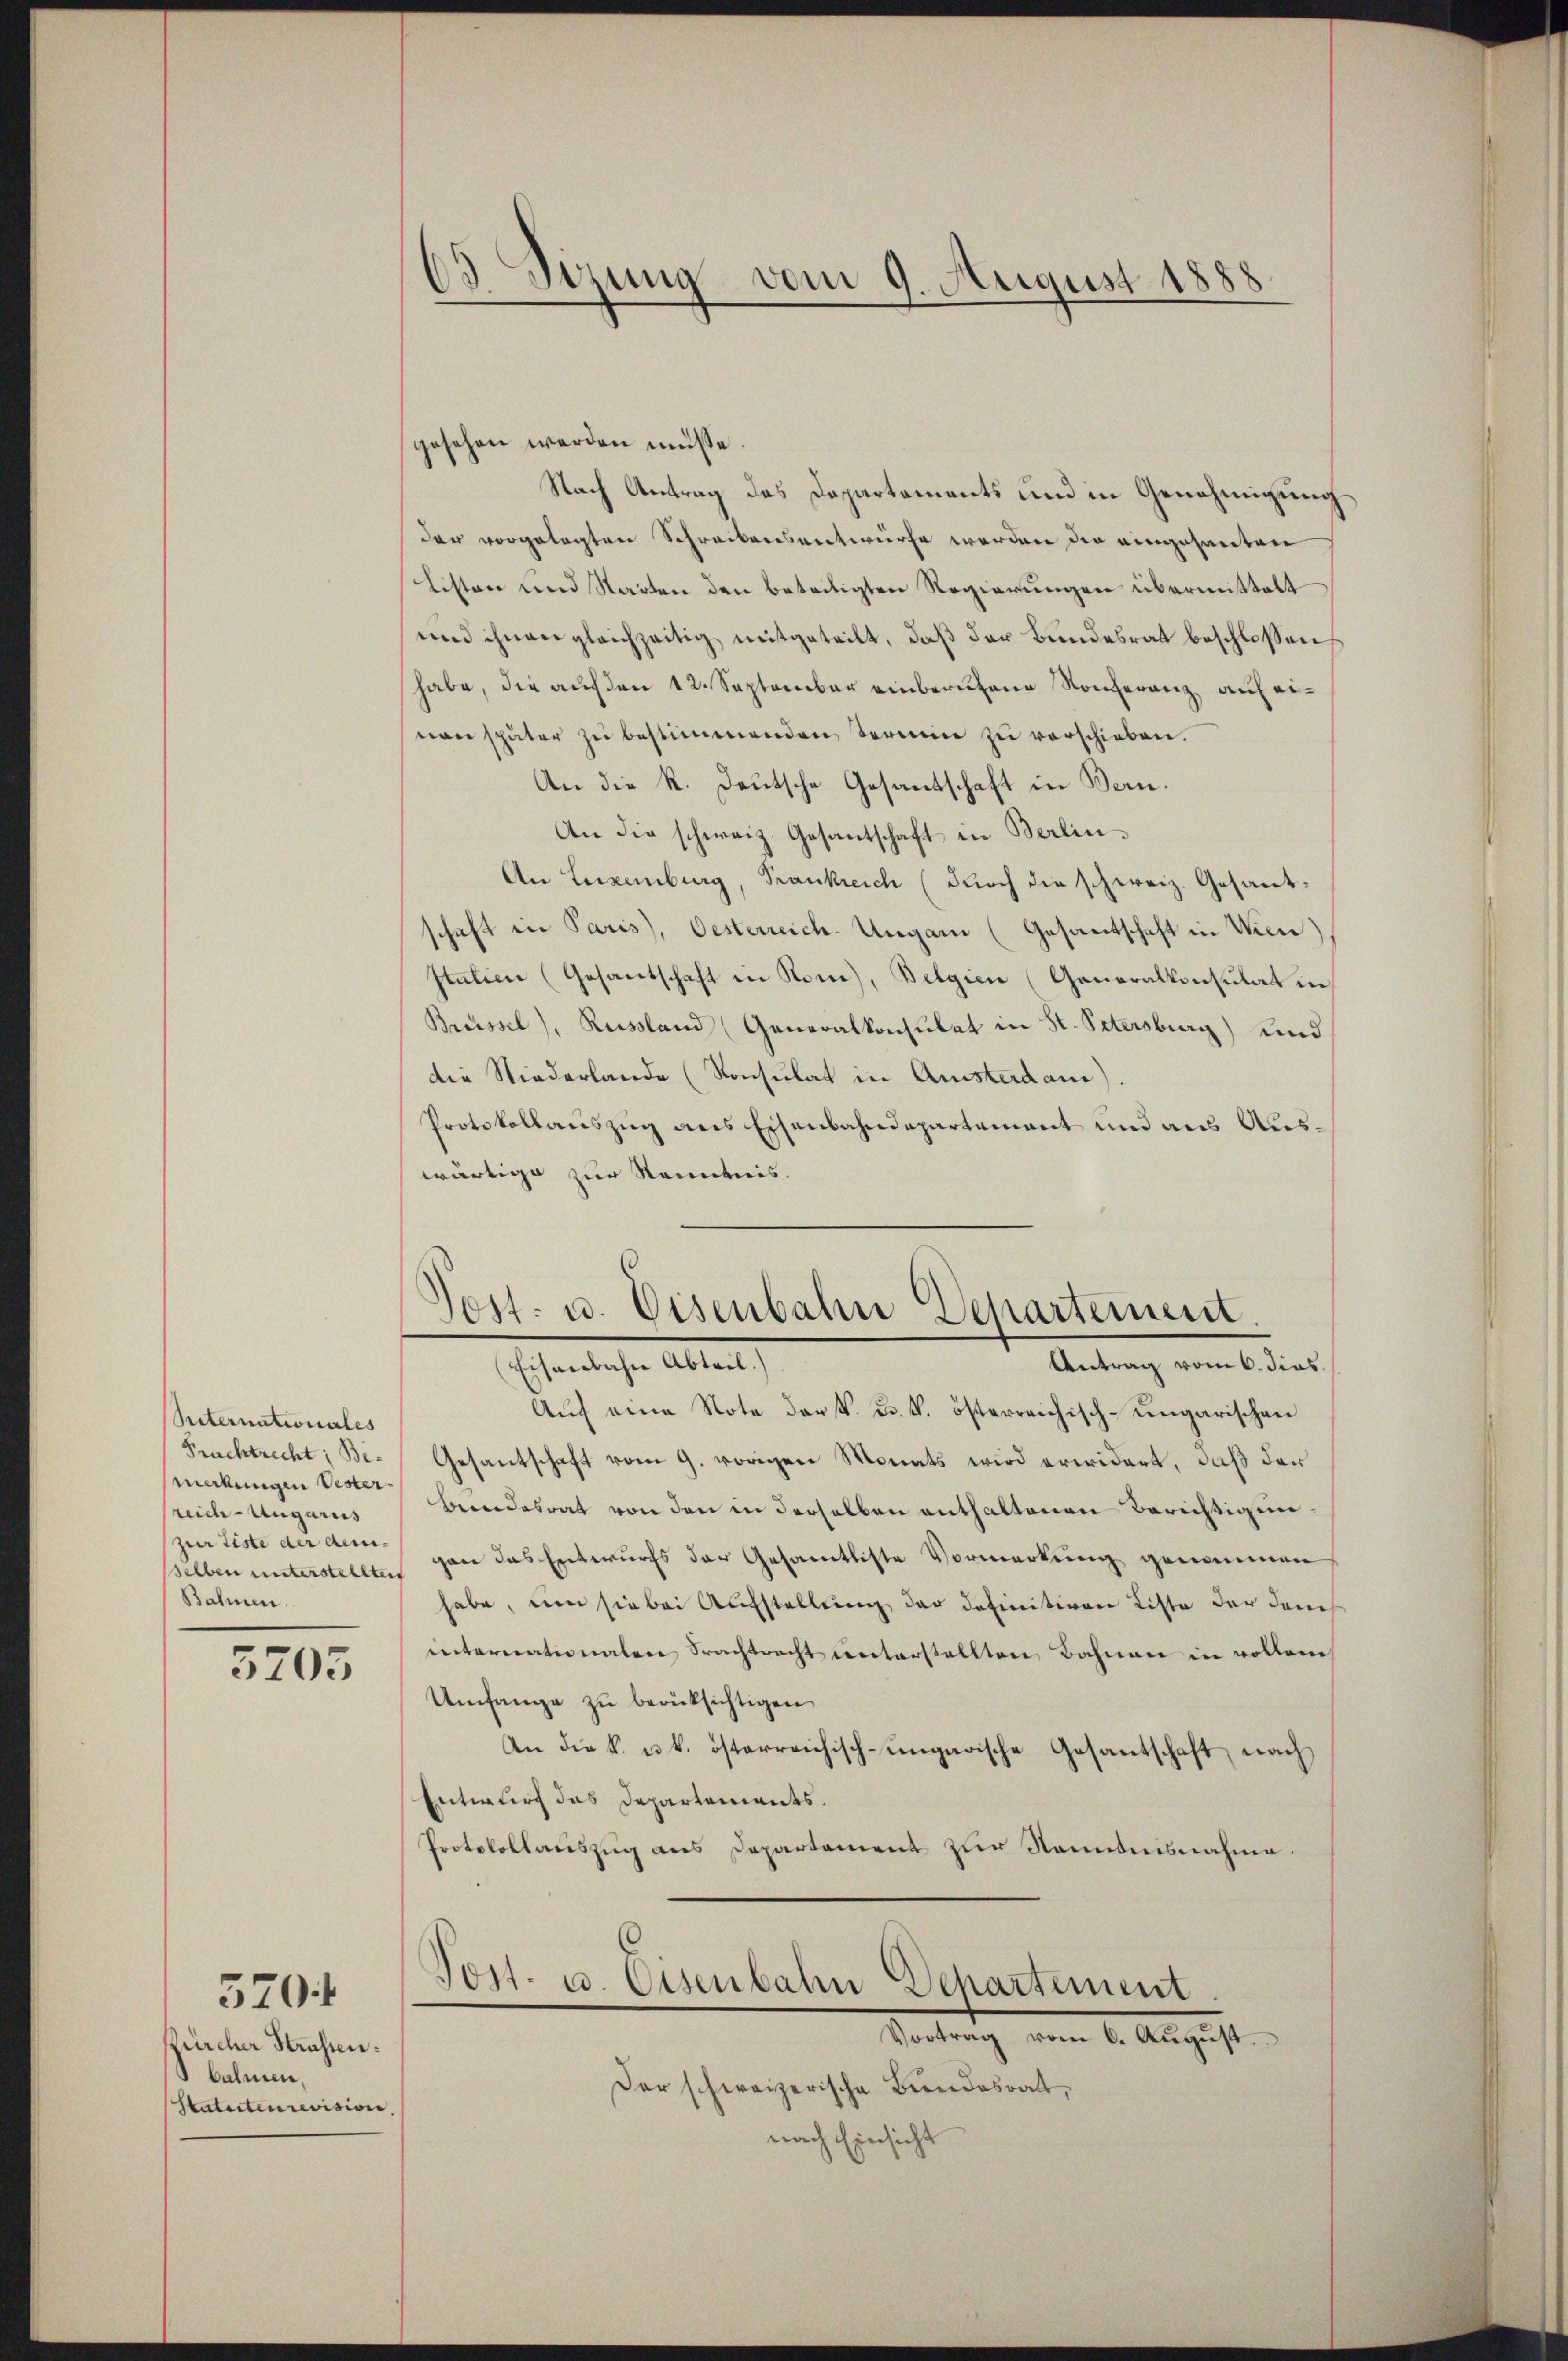
Riternationales
makungen Vesterreich-Ungarnis
(zur Liste der dem¬
Bahnen.

5705

Zürcher Strassen:
bahnen,
Statuteurevision,

5704

13. Sizung vom 9. August 1888

gesehen werden müsse.
Nach Antrag des Departements und in Genehmigung
der vorgelegten Schreibensentwurfe werden die eingesanten
Listen und Statten den beteiligten Regierungen übermittelt
und ihnen gleichzeitig mitgeteilt, daß der Bundesrat beschlossen
habe, die auf den 12. September einberufene Konferenz auf eivon später zŭ bestimmenden Termin zŭ verschieben.
An die R. Deutsche Gesantschaft in Bern.
An die schweiz. Gesantschaft in Berlin¬
An Leixenburg, Frankreich (durch die schweiz. Gesantschaft in Paris), Oesterreich-Ungarn (Gesantschaft in Wien)
Italien (Gesantschaft in Rom, Belgien (Generalkonsulat in
Breissel), Russland (Generalkonsulat in St. Petersburg) und
die Niederlande (Konsulat in Ansterdam).
Protokollauszug aus Eisenbahndepartement und aus Auswärtige zur Kenntnis.

Jost- u. Eisenbahn Departement.
(Eisenbahne Abteil.
Antrag vom 6. dies

Auf eine Note der k. k. k. österreichisch-ungarischen
Frachtrecht; Be- Gesantschaft vom 9. vorigen Monats wird erwidert, daß der
berendesrat von den in derselben enthaltenen Berichtigunsselben unterstellten von das Entwurfs der Gesamtliste Vormerkung genommen
habe, um sie bei Aufstellung der definitiven Liste der dans
internationalen Frachtrecht unterstellten Bahnen in vollem
Umfange zu berücksichtigen
An die k. u. k. österreichisch-ungarische Gesantschaft nach
Entwurf das Departements.
Protokollauszug aus Departement zur Renntnisnahme
Vort. 10. Eisenbahn Departement
Vortrag vom 6. August.
Der schweizerische Bundesrath,
nach Einsicht